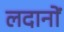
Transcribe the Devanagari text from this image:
लदानों